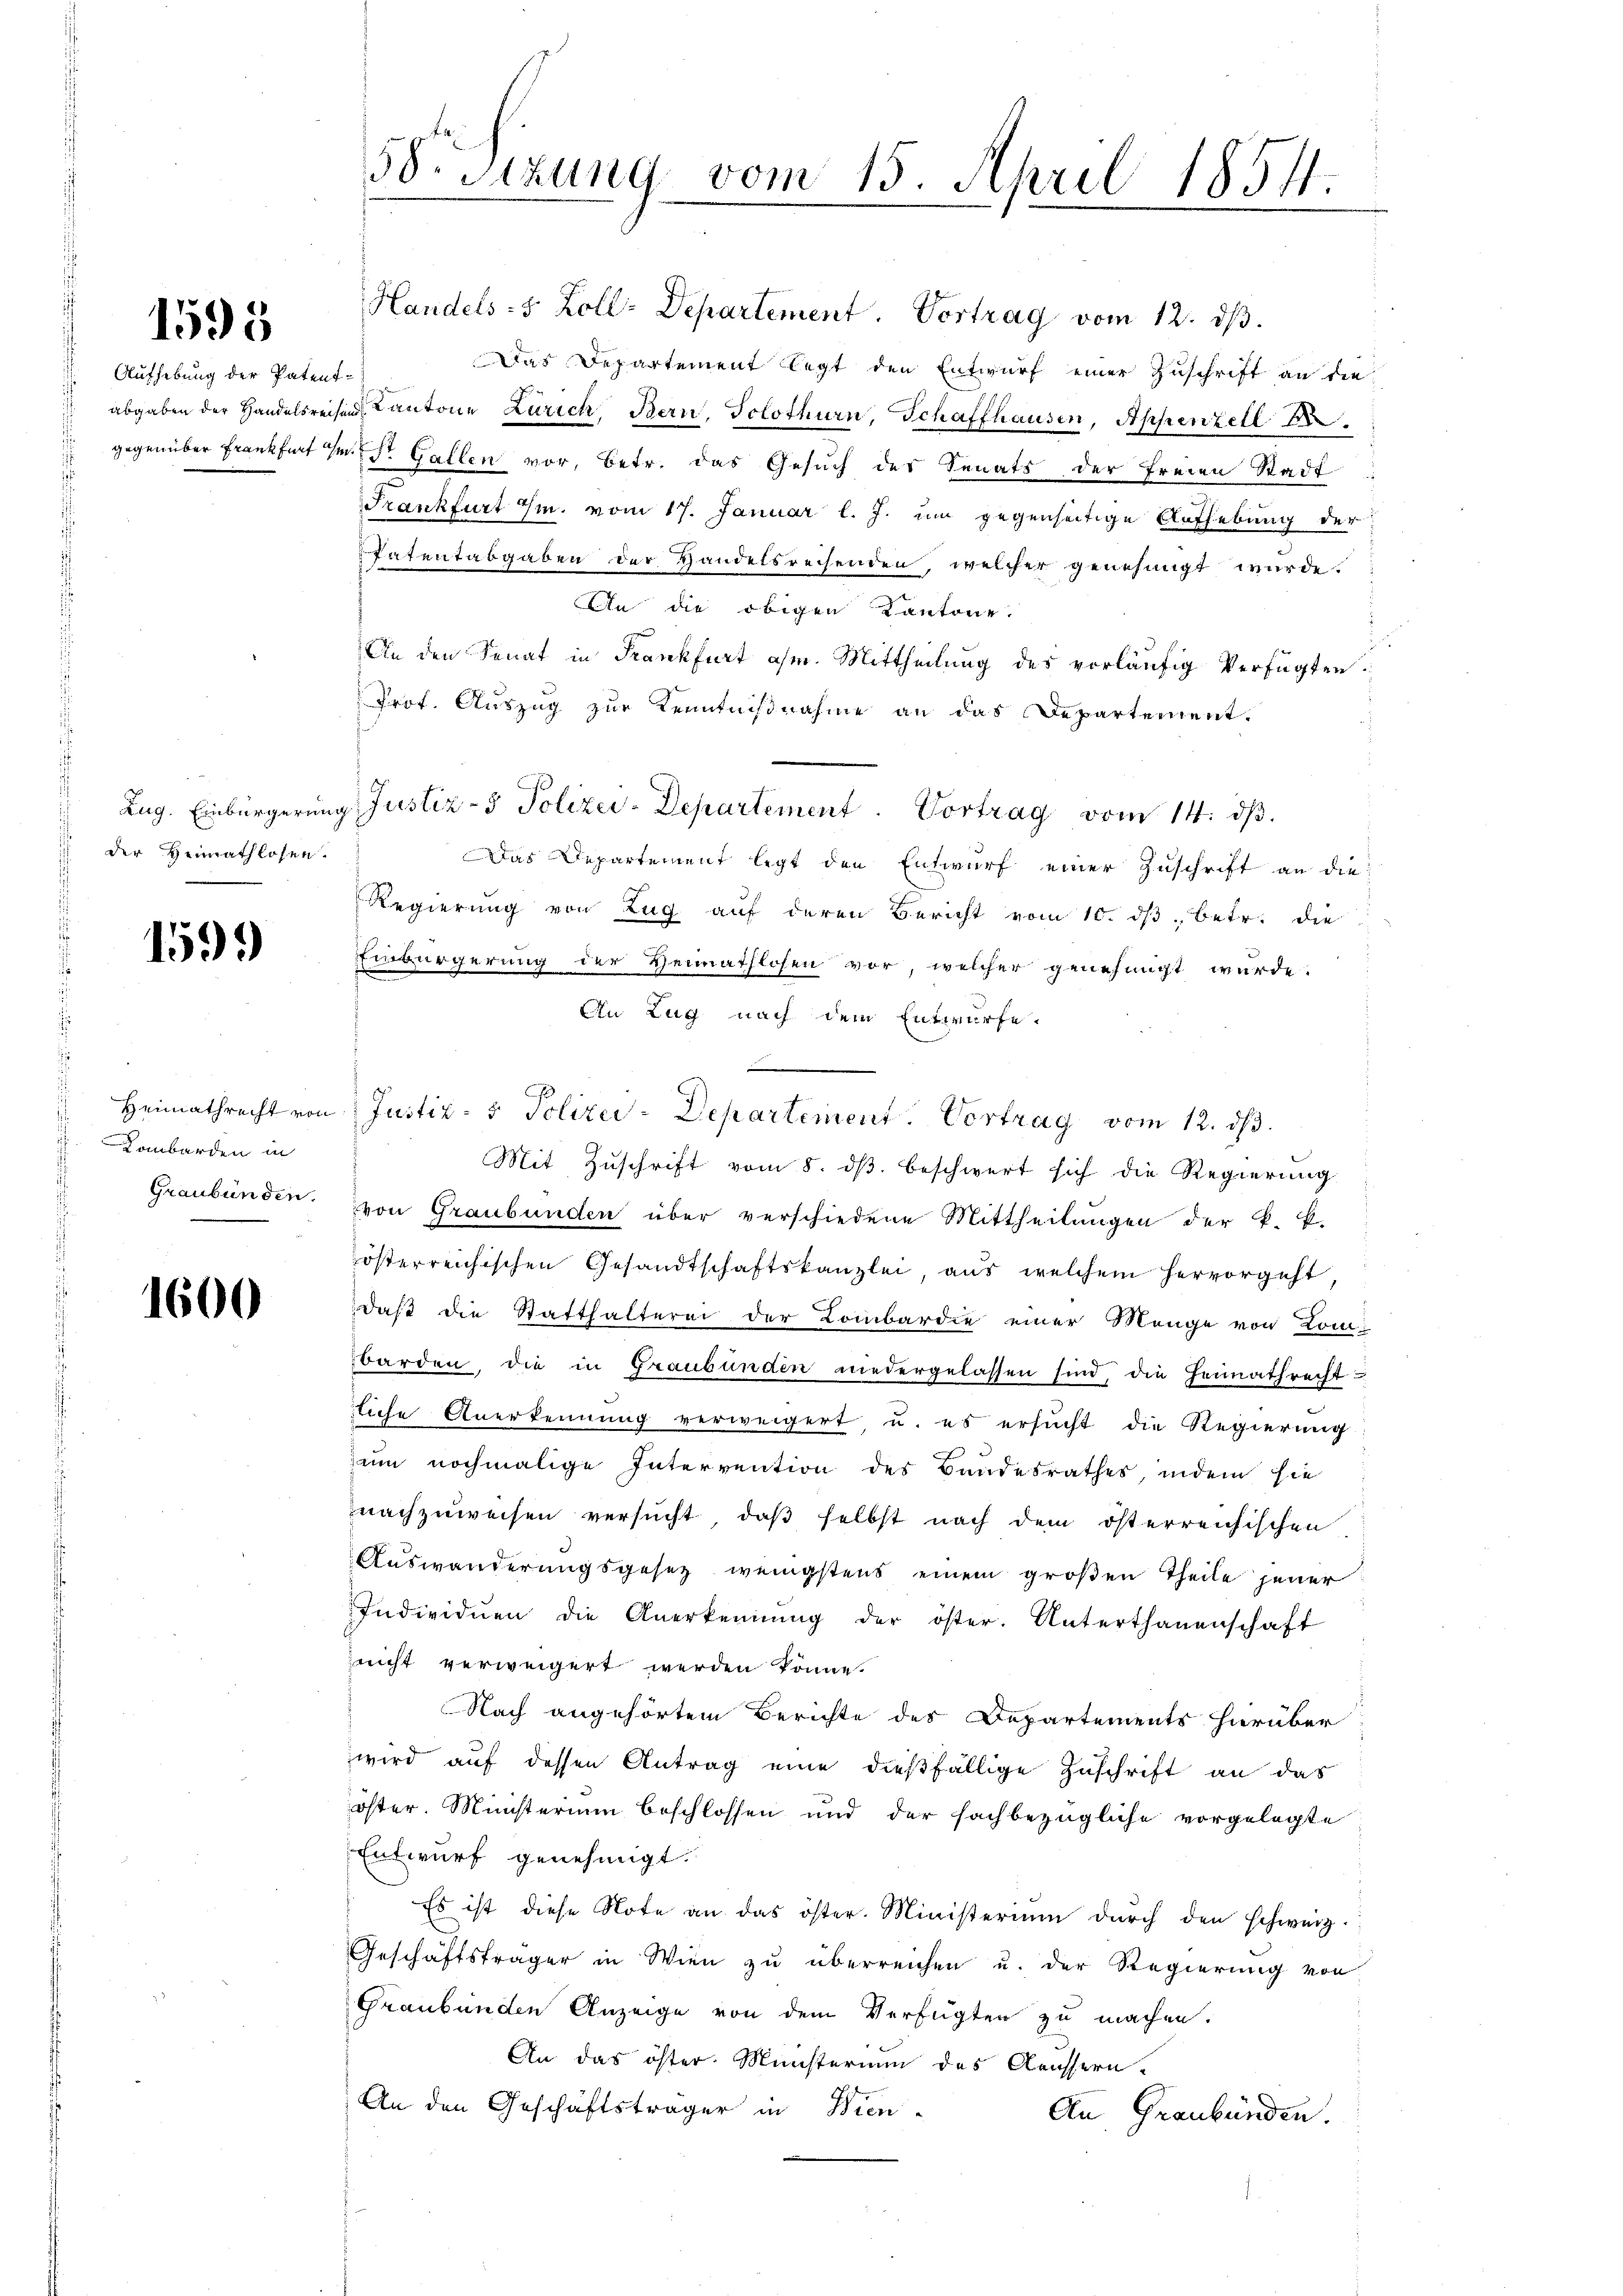
1595

Aufhebung der Patent¬

der Heimathlosen.

1599)

Lombarden in

1600

58. Sitzung vom 15. April 1854.

Handels- & Zoll-Departement. Vortrag vom 12. dβ.
Das Departement legt den Entwurf einer Zuschrift an die
abgaben der Handelsreisen Cantone Zürich, Bern. Solothurn, Schaffhausen, Appenzell
gegenüber Frankfurt im St. Gallen vor, betr. das Gesuch des Senats der Freien Stadt
Frankfurt ihm. vom 17. Januar l. J. um gegenseitige Aufhebung der
Patentabgaben der Handelsreisenden, welcher genehmigt wurde.
An die obigen Kantone.
t
An den Senat in Krankfurt ahm. Mittheilung des vorläufig Verfügten
Prof. Auszug zur Kenntnißnahme an das Departement.
Zug. Einbürgerung Justiz- Polizei-Departement. Vortrag vom 14. dβ.
Das Departement legt den Entwurf einer Zuschrift an die
Regierung von Zug auf deren Bericht vom 10. dβ betr. die
Einbürgerung der Heimathlosen vor, welcher genehmigt wurde.
An Zug nach dem Entwurfe.
Mit Zŭschrift vom 8. dβ beschwert sich die Regierung
Graubünden. Von Graubünden über verschiedene Mittheilungen der k. k.
österreichischen Gesandtschaftskanzlei, aus welchem hervorgeht,
daß die Statthalterei der Lombardie einer Menge von Lombarden, die in Graubünden niedergelassen sind, die Heimathrecht-
liche Anerkennung verweigert, u. es ersucht die Regierung
zum nochmalige Intervention des Bandesrathes, indem hie
nachzuweisen versucht, daß selbst nach dem österreichischen
Auswanderungsgesetz wenigstens einem großen Theile jener
Individuen die Anerkennung der öster. Unterthanenschaft
nicht verweigert werden könne.
Nach angehörtem Berichte des Departements hierüber
wird auf dessen Antrag eine dießfällige Zuschrift an das
öster. Ministerium beschlossen und der sachbezügliche vorgelegte
Entwurf genehmigt.
Es ist diese Note an das öster. Ministerium durch den schweiz.
Geschäftsträger in Wien zu überreichen u. der Regierung von
Graubünden Anzeige von dem Verfügten zu machen.
An das öster. Münsterium das Aeussern
An den Geschäftsträger in Wien-
An Graubünden.

Heimathrecht von Justiz- & Polizei-Departement. Vortrag vom 12. ds.